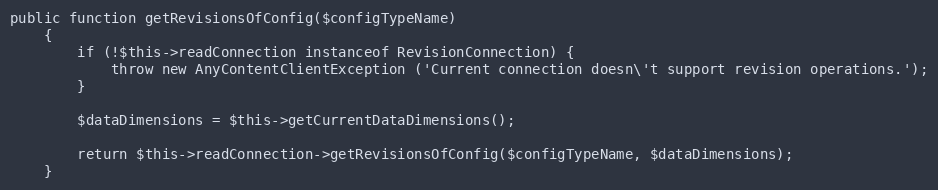
Language: PHP
public function getRevisionsOfConfig($configTypeName)
    {
        if (!$this->readConnection instanceof RevisionConnection) {
            throw new AnyContentClientException ('Current connection doesn\'t support revision operations.');
        }

        $dataDimensions = $this->getCurrentDataDimensions();

        return $this->readConnection->getRevisionsOfConfig($configTypeName, $dataDimensions);
    }